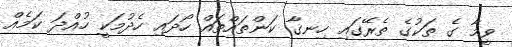
ވީމާ ގެ ތަކުގެ ތެރޭގައި ހިނގާ ކަންތައްތައް ހޯދައި ހެދުމަކީ ހުއްދަ ކަމެއް